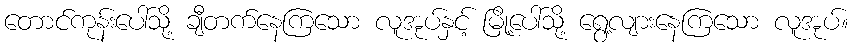
တောင်ကုန်းပေါ်သို့ ချီတက်နေကြသော လူအုပ်နှင့် မြို့ပေါ်သို့ ရွေ့လျားနေကြသော လူအုပ်။